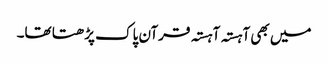
میں بھی آہستہ آہستہ قرآن پاک پڑھتا تھا۔